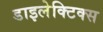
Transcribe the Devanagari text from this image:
डाइलेक्टिक्स